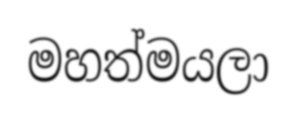
මහත්මයලා